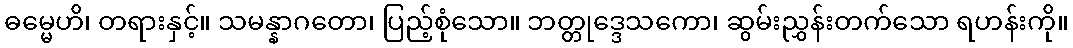
ဓမ္မေဟိ၊ တရားနှင့်။ သမန္နာဂတော၊ ပြည့်စုံသော။ ဘတ္တုဒ္ဒေသကော၊ ဆွမ်းညွှန်းတက်သော ရဟန်းကို။